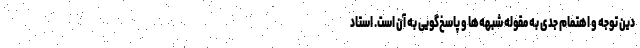
دین توجه و اهتمام جدی به مقوله شبهه‌ها و پاسخ‌گویی به آن است. استاد